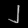
Digit: ၂